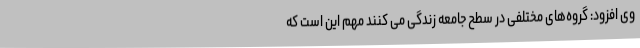
وی افزود: گروه‌های مختلفی در سطح جامعه زندگی می کنند مهم این است که